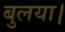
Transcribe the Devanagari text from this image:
बुलया।